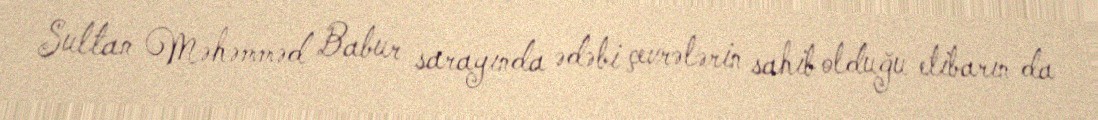
Sultan Məhəmməd Babur sarayında ədəbi çevrələrin sahib olduğu etibarın da